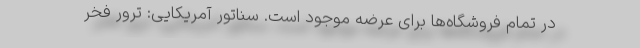
در تمام فروشگاه‌ها برای عرضه موجود است. سناتور آمریکایی: ترور فخر